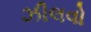
ઝીલવો